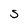
Character: S